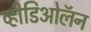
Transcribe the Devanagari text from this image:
व्हीडिओलॅन